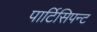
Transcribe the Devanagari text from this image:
पार्टिसिपन्ट